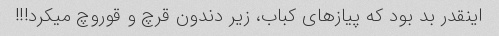
اینقدر بد بود که پیازهای کباب، زیر دندون قرچ و قوروچ میکرد!!!